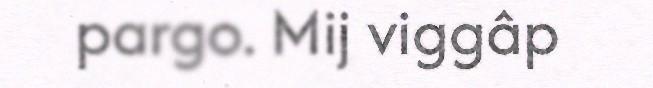
pargo. Mij viggâp